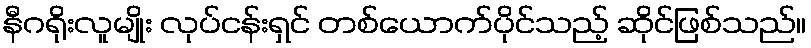
နီဂရိုးလူမျိုး လုပ်ငန်းရှင် တစ်ယောက်ပိုင်သည့် ဆိုင်ဖြစ်သည်။